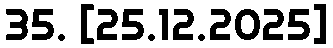
35. [25.12.2025]